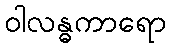
ဝါလန္ဓကာရော